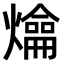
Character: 𤐯